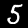
Digit: 5